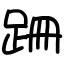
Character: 跚